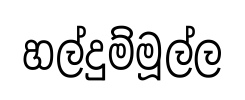
හල්දුම්මූල්ල